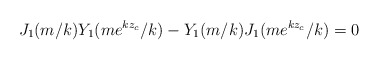
\begin{align*}J_1(m/k)Y_1(me^{kz_c}/k)-Y_1(m/k)J_1(me^{kz_c}/k)=0\end{align*}